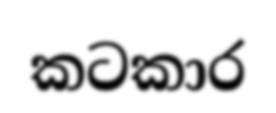
කටකාර